Vaccination in Bombay 1913-1923 - 1913-1923
Year: 1913
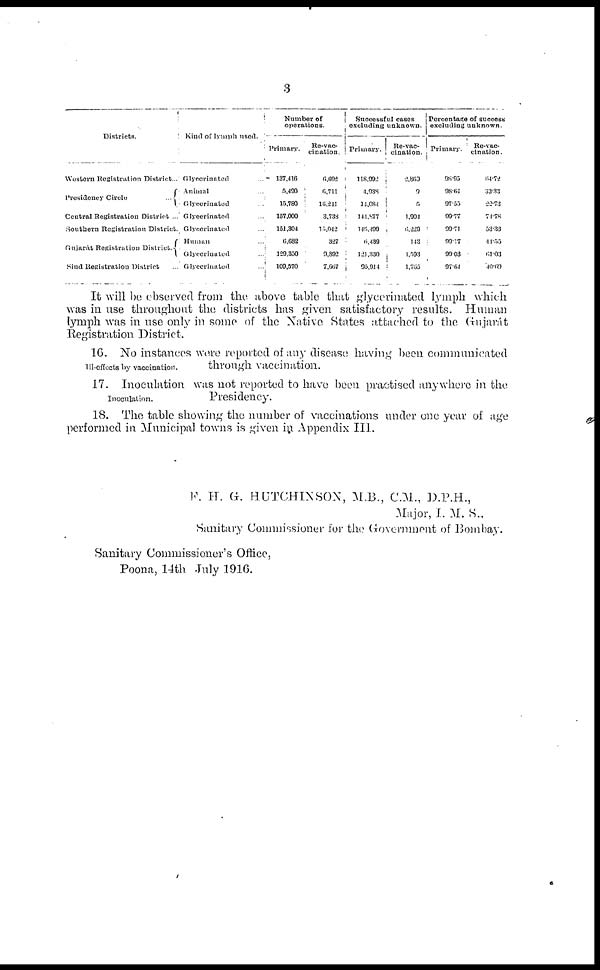
3
Districts.
Western Registration District...
Presidency Circle ...
Central Registration District ...
Southern Registration District.
Gujarát Registration District.
Sind Registration District ...
Kind of lymph used.
Glycerinnted ...
Animal ...
Glycerinated
...
Glycerinated ...
Glycerinated ...
Human ...
Glycerinated ...
Glycerinated ...
Number of
operations.
Primary.
137,416
5,490
15,780
157,000
151,304
6,682
129,350
109,570
Re-vac-
cination.
6,692
6,711
16,211
3,738
15,4042
327
9,892
7,667
Successful cases
excluding unknown.
Primary.
118,992
4,938
14,084
144,877
145,499
6,439
121,330
95,914
Re-vac¬
cination.
2,863
9
5
1,901
6,229
143
1,593
l,765
Percentage of success
excluding unknown.
Primary.
98.95
98.64
97.55
99.77
99.71
99.17
99.03
97.64
Re-vac-
cination.
64.72
33.33
22.73
74.78
53.33
41.55
51.03
40.69
It will be observed from the above table that glycerinated lymph which
was in use throughout the districts has given satisfactory results. Human
lymph was in use only in some of the Native States attached to the Gujarát
Registration District.
Ill-effects by vaccination.
16. No instances were reported of any disease having been communicated
through vaccination.
Inoculation.
17. Inoculation was not reported to have been practised anywhere in the
Presidency.
18. The table showing the number of vaccinations under one year of age
performed in Municipal towns is given in Appendix III.
F. H. G. HUTCHINSON, M.B., C.M., D.P.H.,
Major, I. M. S.,
Sanitary Commissioner for the Government of Bombay.
Sanitary Commissioner's Office,
Poona, 14th July 1916.